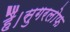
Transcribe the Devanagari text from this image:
हैं।सुगरलोफ